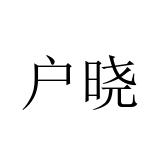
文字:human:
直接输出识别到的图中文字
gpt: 户晓